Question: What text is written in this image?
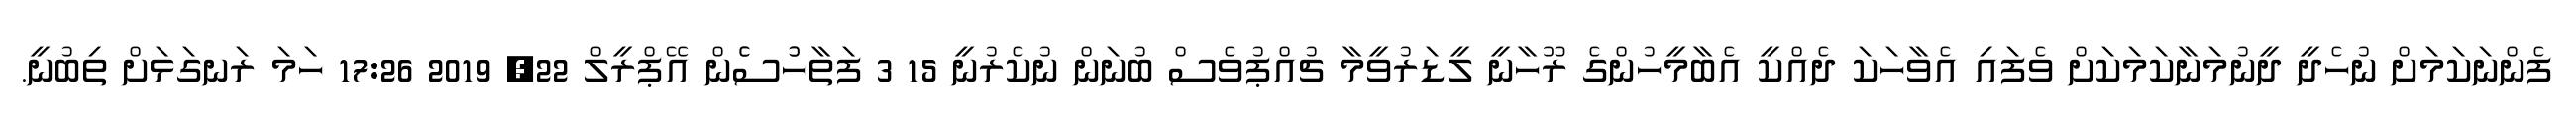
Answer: ފެންނަކަމަށް ނުހެދީ ދީނުމަނާކަމަކަށް ވެފައި އެވާހަކަ ދެއްކީ އެބާމީހުންގެ ރޫހާނީ ލީޑަރުވީމާ ޗުއްޕުވެސް ބުނަން ނުކެރުނީ 15 3 ފަތާހުުސެެން އޭޕްރީލް 22, 2019 17:26 ހަމަ ރަނގަޅަށް ތިބުނީ.